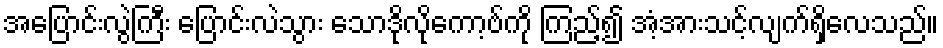
အပြောင်းလွဲကြီး ပြောင်းလဲသွား သောဒိုလိုကော့ဗ်ကို ကြည့်၍ အံ့အားသင့်လျက်ရှိလေသည်။